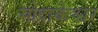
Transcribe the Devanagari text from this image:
मोदाकेश्वर